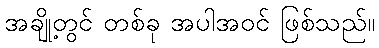
အချို့တွင် တစ်ခု အပါအဝင် ဖြစ်သည်။